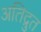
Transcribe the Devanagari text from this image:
अतिद्रुत